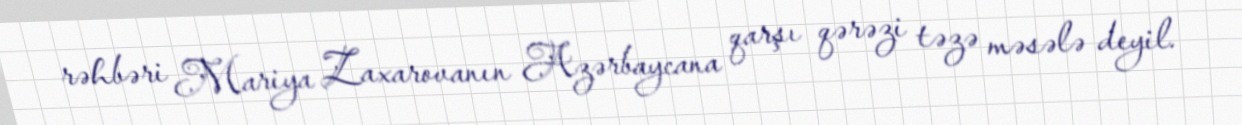
rəhbəri Mariya Zaxarovanın Azərbaycana qarşı qərəzi təzə məsələ deyil.